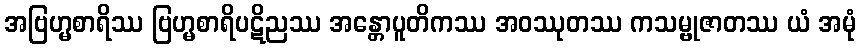
အဗြဟ္မစာရိဿ ဗြဟ္မစာရိပဋိညဿ အန္တောပူတိကဿ အဝဿုတဿ ကသမ္ဗုဇာတဿ ယံ အမုံ